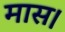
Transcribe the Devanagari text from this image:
मास।